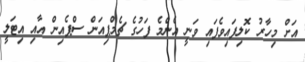
އަށް މިހާރު ކޮލިފައިވެފައި ވަނީ އެންމެ ފަހުގެ ޗެމްޕިއަން ސްޕެއިން އާއި އިޓަލީ